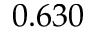
0 . 6 3 0